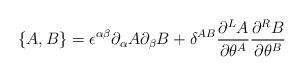
LaTeX: \begin{align*}\{ A,B\} =\epsilon^{\alpha\beta}\partial_\alpha A\partial_\beta B+\delta^{AB}\frac{\partial^LA}{\partial\theta^A}\frac{\partial^RB}{\partial\theta^B}\end{align*}